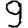
Digit: 9